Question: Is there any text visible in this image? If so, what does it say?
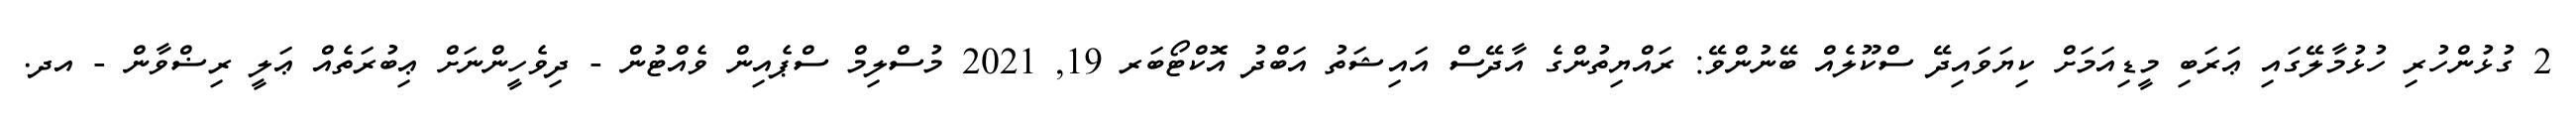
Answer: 2 ގުޅުންހުރި ހުޅުމާލޭގައި ޢަރަބި މީޑިއަމަށް ކިޔަވައިދޭ ސްކޫލެއް ބޭނުންވޭ: ރައްޔިތުންގެ އާދޭސް އައިޝަތު އަބްދު އޮކްޓޯބަރ 19, 2021 މުސްލިމް ސްޕެއިން ވެއްޓުން - ދިވެހީންނަށް ޢިބުރަތެއް ޢަލީ ރިޟްވާން - އދ.